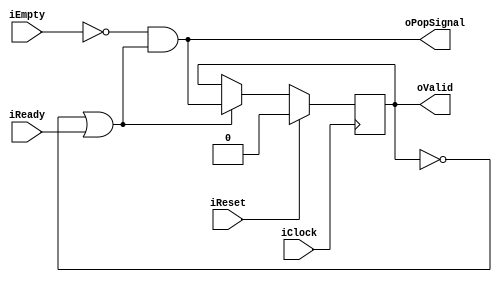
module AutoFIFOPopControl
(
    iClock      ,
    iReset      ,
    oPopSignal  ,
    iEmpty      ,
    oValid      ,
    iReady
);
    input   iClock      ;
    input   iReset      ;
    output  oPopSignal  ;
    input   iEmpty      ;
    output  oValid      ;
    input   iReady      ;

    reg     rValid      ;
    
    assign  oPopSignal  = (!iEmpty && (!rValid || iReady));
    assign  oValid      = rValid;
    
    always @ (posedge iClock)
        if (iReset)
            rValid <= 1'b0;
        else
            if ((!rValid || iReady))
                rValid <= oPopSignal;

endmodule